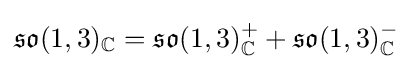
{\mathfrak {so}}(1,3)_{\mathbb {C} }={\mathfrak {so}}(1,3)_{\mathbb {C} }^{+}+{\mathfrak {so}}(1,3)_{\mathbb {C} }^{-}